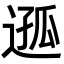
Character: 𨔌